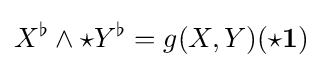
X^{\flat }\wedge {\star }Y^{\flat }=g(X,Y)({\star }\mathbf {1} )